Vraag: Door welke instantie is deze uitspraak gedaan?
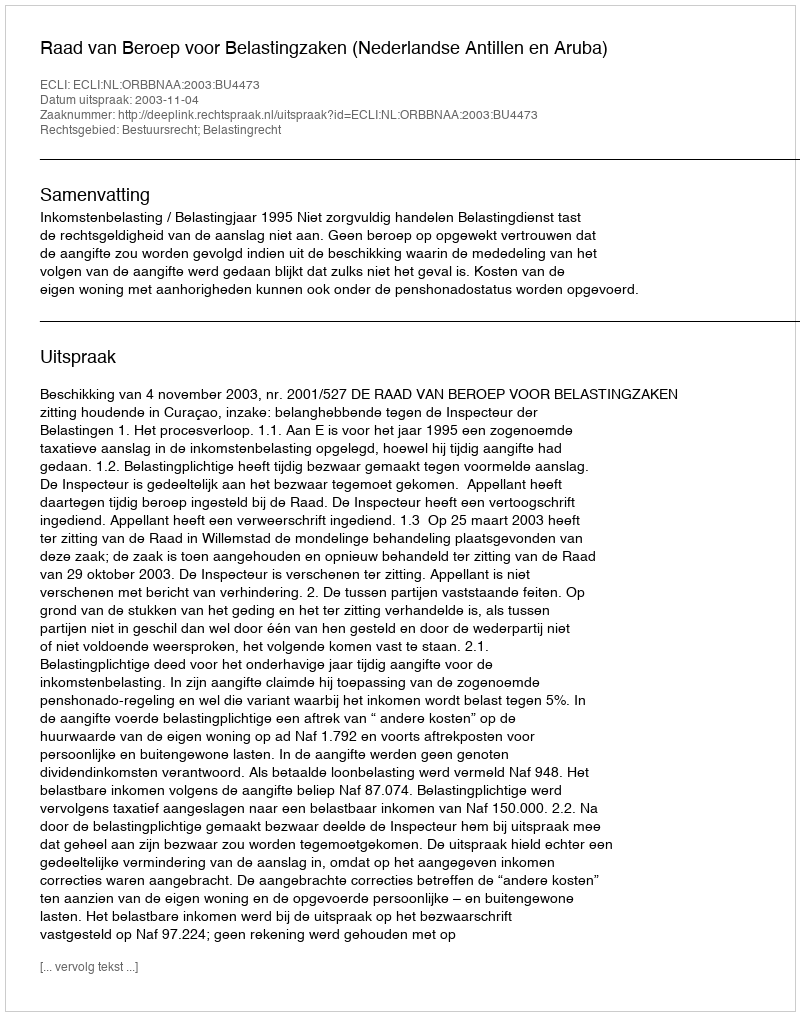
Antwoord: Raad van Beroep voor Belastingzaken (Nederlandse Antillen en Aruba)